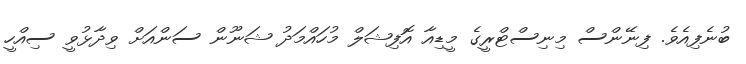
ބުނެފިއެވެ. ފިނޭންސް މިނިސްޓްރީގެ މީޑިއާ އޮފިޝަލް މުހައްމަދު ޝަނޫން ސަންއަށް ވިދާޅުވީ ސިއްހީ